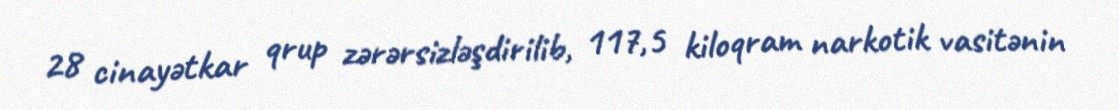
28 cinayətkar qrup zərərsizləşdirilib, 117,5 kiloqram narkotik vasitənin